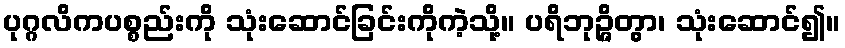
ပုဂ္ဂလိကပစ္စည်းကို သုံးဆောင်ခြင်းကိုကဲ့သို့။ ပရိဘုဉ္ဇိတွာ၊ သုံးဆောင်၍။